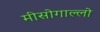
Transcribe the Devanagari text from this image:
मीसोगाल्लो